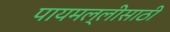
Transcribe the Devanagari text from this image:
पायमल्लीसाठी